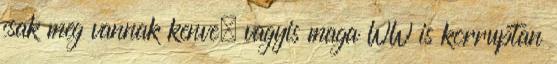
csak meg vannak kenve, vagyis maga WW is korruptan